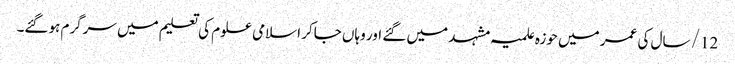
12/ سال کی عمر میں حوزہ علمیہ مشہد میں گئے اور وہاں جاکر اسلامی علوم کی تعلیم میں سرگرم ہوگئے۔